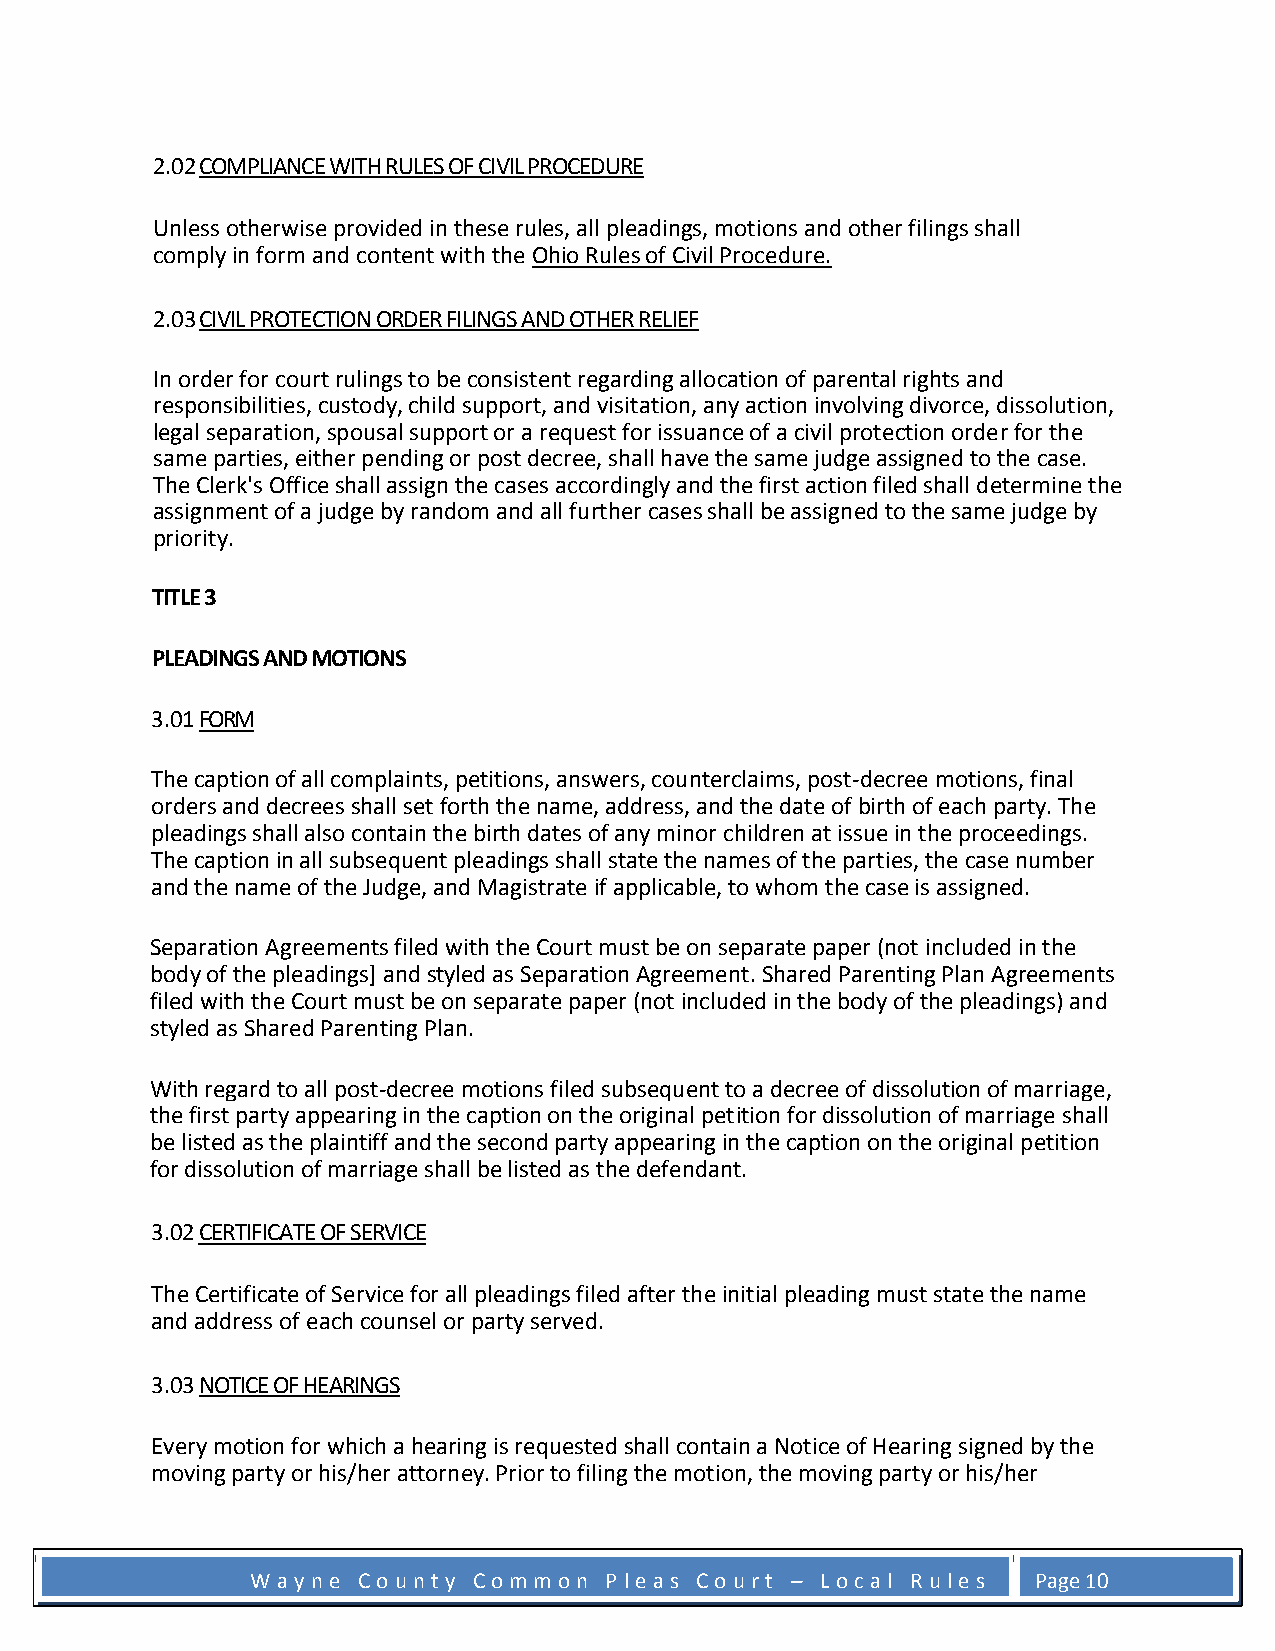
2.02 COMPLIANCE WITH RULES OF CIVIL PROCEDURE
 Unless otherwise provided in these rules, all pleadings, motions and other filings shall
 comply in form and content with the Ohio Rules of Civil Procedure.
 2.03 CIVIL PROTECTION ORDER FILINGS AND OTHER RELIEF
 In order for court rulings to be consistent regarding allocation of parental rights and
 responsibilities, custody, child support, and visitation, any action involving divorce, dissolution,
 legal separation, spousal support or a request for issuance of a civil protection order for the
 same parties, either pending or post decree, shall have the same judge assigned to the case.
 The Clerk's Office shall assign the cases accordingly and the first action filed shall determine the
 assignment of a judge by random and all further cases shall be assigned to the same judge by
 priority.
 TITLE 3
 PLEADINGS AND MOTIONS
 3.01 FORM
 The caption of all complaints, petitions, answers, counterclaims, post-decree motions, final
 orders and decrees shall set forth the name, address, and the date of birth of each party. The
 pleadings shall also contain the birth dates of any minor children at issue in the proceedings.
 The caption in all subsequent pleadings shall state the names of the parties, the case number
 and the name of the Judge, and Magistrate if applicable, to whom the case is assigned.
 Separation Agreements filed with the Court must be on separate paper (not included in the
 body of the pleadings] and styled as Separation Agreement. Shared Parenting Plan Agreements
 filed with the Court must be on separate paper (not included in the body of the pleadings) and
 styled as Shared Parenting Plan.
 With regard to all post-decree motions filed subsequent to a decree of dissolution of marriage,
 the first party appearing in the caption on the original petition for dissolution of marriage shall
 be listed as the plaintiff and the second party appearing in the caption on the original petition
 for dissolution of marriage shall be listed as the defendant.
 3.02 CERTIFICATE OF SERVICE
 The Certificate of Service for all pleadings filed after the initial pleading must state the name
 and address of each counsel or party served.
 3.03 NOTICE OF HEARINGS
 Every motion for which a hearing is requested shall contain a Notice of Hearing signed by the
 moving party or his/her attorney. Prior to filing the motion, the moving party or his/her
 W a y n e C o u n t y C o m m o n P l e a s C o u r t – L o c a l R u l e s Page 10